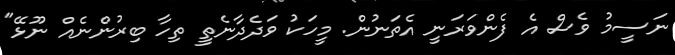
ނަސީމު ވެސް އެ ފެންވަރަނީ އެތަނުން. މީހަކު ވަދެދާނެތީ ތިހާ ބިރުންނެއް ނޫޅޭ"